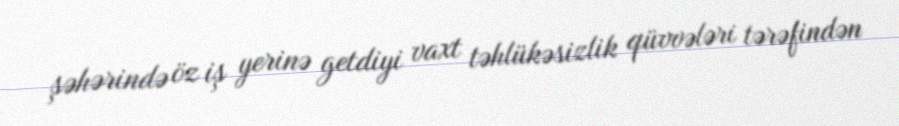
şəhərində öz iş yerinə getdiyi vaxt təhlükəsizlik qüvvələri tərəfindən